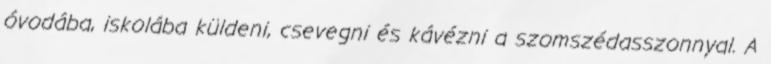
óvodába, iskolába küldeni, csevegni és kávézni a szomszédasszonnyal. A